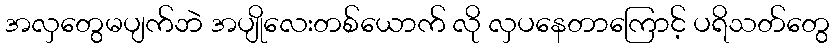
အလှတွေမပျက်ဘဲ အပျိုလေးတစ်ယောက် လို လှပနေတာကြောင့် ပရိသတ်တွေ